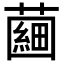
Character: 𧀇